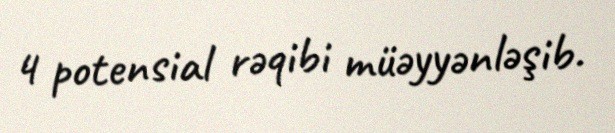
4 potensial rəqibi müəyyənləşib.